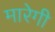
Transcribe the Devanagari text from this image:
मारेगी